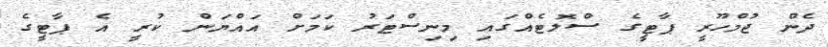
ދެން ޖުމްހޫރީ ޕާޓީގެ ސްލޮޓެއްގައި މިނިސްޓަރު ކަމަށް އައްޔަން ކުރީ އެ ޕާޓީގެ